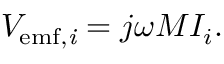
\begin{array} { r } { V _ { \mathrm { e m f , \it i } } = j \omega M I _ { i } . } \end{array}